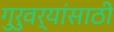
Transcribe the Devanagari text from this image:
गुरुवर्यांसाठी